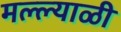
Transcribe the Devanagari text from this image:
मल्ल्याळी